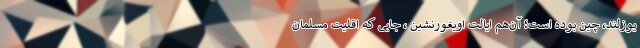
یوزلند، چین بوده است؛ آن‌هم ایالت اویغورنشین ، جایی که اقلیت‌ مسلمانِ